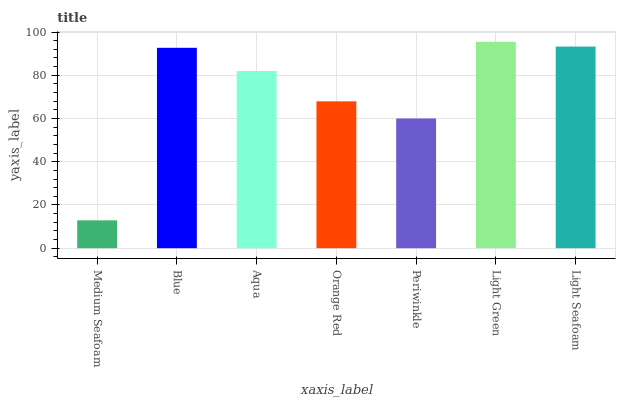
| xaxis_label | bars |
 | --- | --- |
 | Medium Seafoam | 12.9 |
 | Blue | 92.7 |
 | Aqua | 82 |
 | Orange Red | 67.9 |
 | Periwinkle | 60 |
 | Light Green | 95.5 |
 | Light Seafoam | 93.3 |